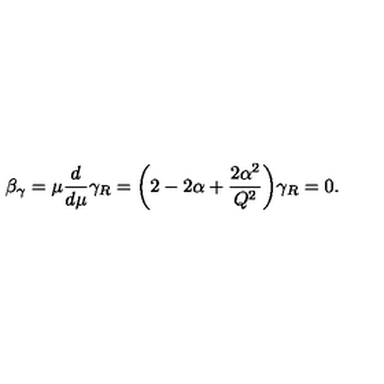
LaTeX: \beta _ { \gamma } = \mu { \frac { d } { d \mu } } \gamma _ { R } = \biggl ( 2 - 2 \alpha + { \frac { 2 \alpha ^ { 2 } } { Q ^ { 2 } } } \biggr ) \gamma _ { R } = 0 .